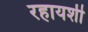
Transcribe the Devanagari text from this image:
रहायशी